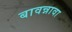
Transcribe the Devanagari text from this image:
बावन्नावा